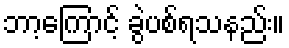
ဘာ့ကြောင့် ခွဲပစ်ရသနည်း။